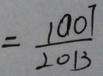
= \frac { 1 0 0 7 } { 2 0 1 3 }